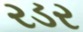
રડર